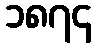
၁၈၇၄